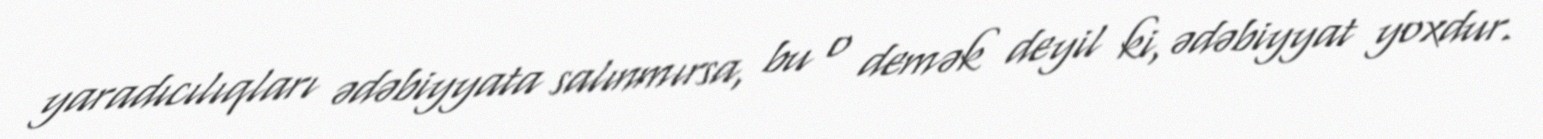
yaradıcılıqları ədəbiyyata salınmırsa, bu o demək deyil ki, ədəbiyyat yoxdur.